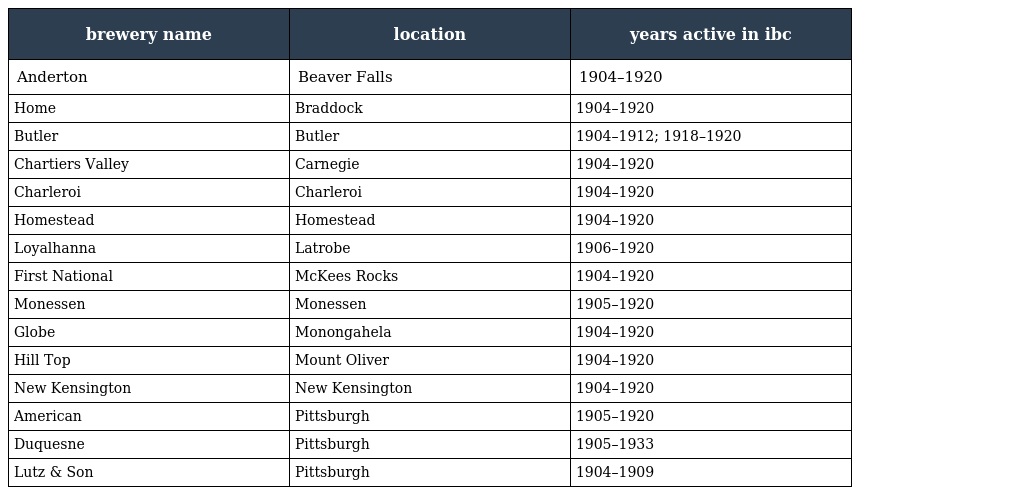
| brewery name | location | years active in ibc |
 | --- | --- | --- |
 | Anderton | Beaver Falls | 1904–1920 |
 | Home | Braddock | 1904–1920 |
 | Butler | Butler | 1904–1912; 1918–1920 |
 | Chartiers Valley | Carnegie | 1904–1920 |
 | Charleroi | Charleroi | 1904–1920 |
 | Homestead | Homestead | 1904–1920 |
 | Loyalhanna | Latrobe | 1906–1920 |
 | First National | McKees Rocks | 1904–1920 |
 | Monessen | Monessen | 1905–1920 |
 | Globe | Monongahela | 1904–1920 |
 | Hill Top | Mount Oliver | 1904–1920 |
 | New Kensington | New Kensington | 1904–1920 |
 | American | Pittsburgh | 1905–1920 |
 | Duquesne | Pittsburgh | 1905–1933 |
 | Lutz & Son | Pittsburgh | 1904–1909 |